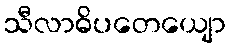
သီလာဓိပတေယျော